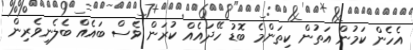
އެހެން ކަމުން އަތުން ކިތަންމެ ބޮޑު ހޭދައެއް ކުރަން ވެސް ބައެއް ބެލެނިވެރިން